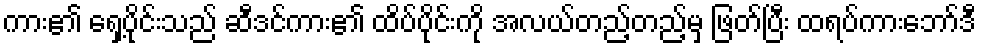
ကား၏ ရှေ့ပိုင်းသည် ဆီဒင်ကား၏ ထိပ်ပိုင်းကို အလယ်တည့်တည့်မှ ဖြတ်ပြီး ထရပ်ကားဘော်ဒီ